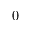
0